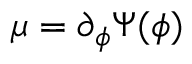
\mu = \partial _ { \phi } \Psi ( \phi )